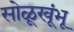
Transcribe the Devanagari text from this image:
सोळूखूंभू